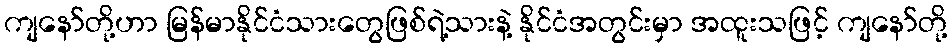
ကျနော်တို့ဟာ မြန်မာနိုင်ငံသားတွေဖြစ်ရဲ့သားနဲ့ နိုင်ငံအတွင်းမှာ အထူးသဖြင့် ကျနော်တို့